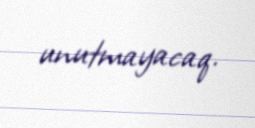
unutmayacaq.